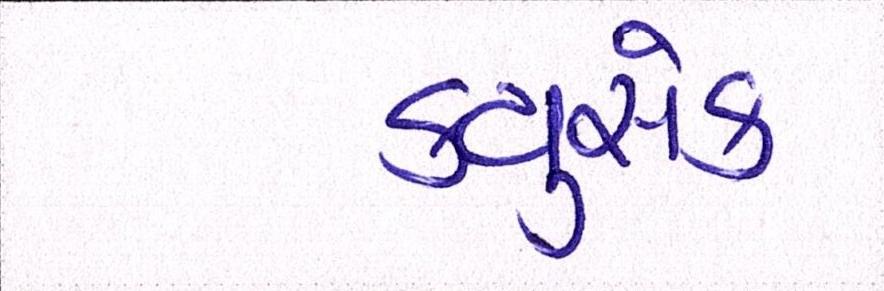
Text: ક્યુસેક